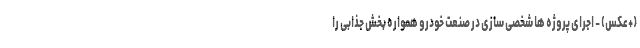
(+عکس) - اجرای پروژه ها شخصی سازی در صنعت خودرو همواره بخش جذابی را